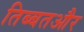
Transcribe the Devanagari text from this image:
तिब्बतऔर